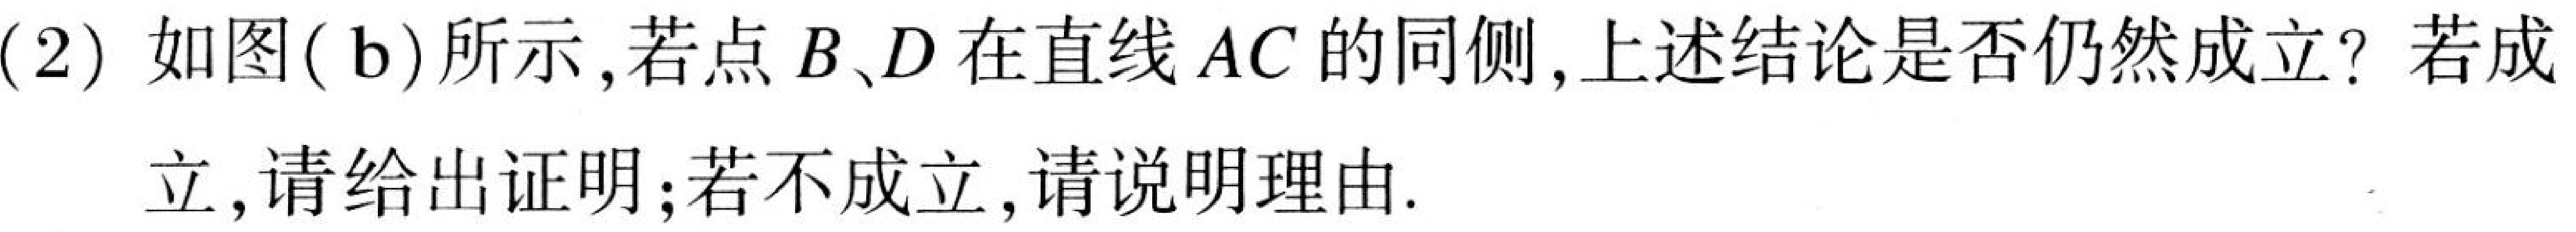
(2) 如图( b)所示,若点$B、D$在直线$AC$的同侧,上述结论是否仍然成立？若成
立,请给出证明；若不成立,请说明理由.